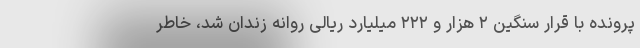
پرونده با قرار سنگین ۲ هزار و ۲۲۲ میلیارد ریالی روانه زندان شد، خاطر